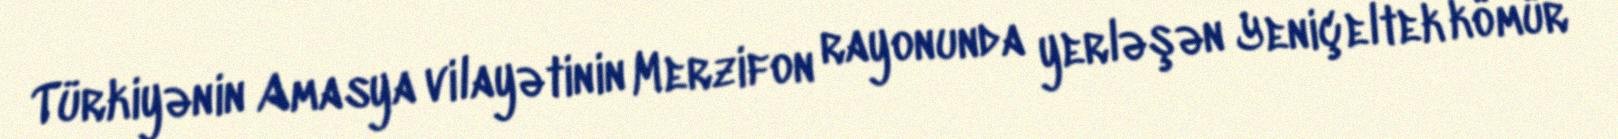
Türkiyənin Amasya vilayətinin Merzifon rayonunda yerləşən Yeniçeltek kömür